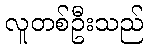
လူတစ်ဦးသည်